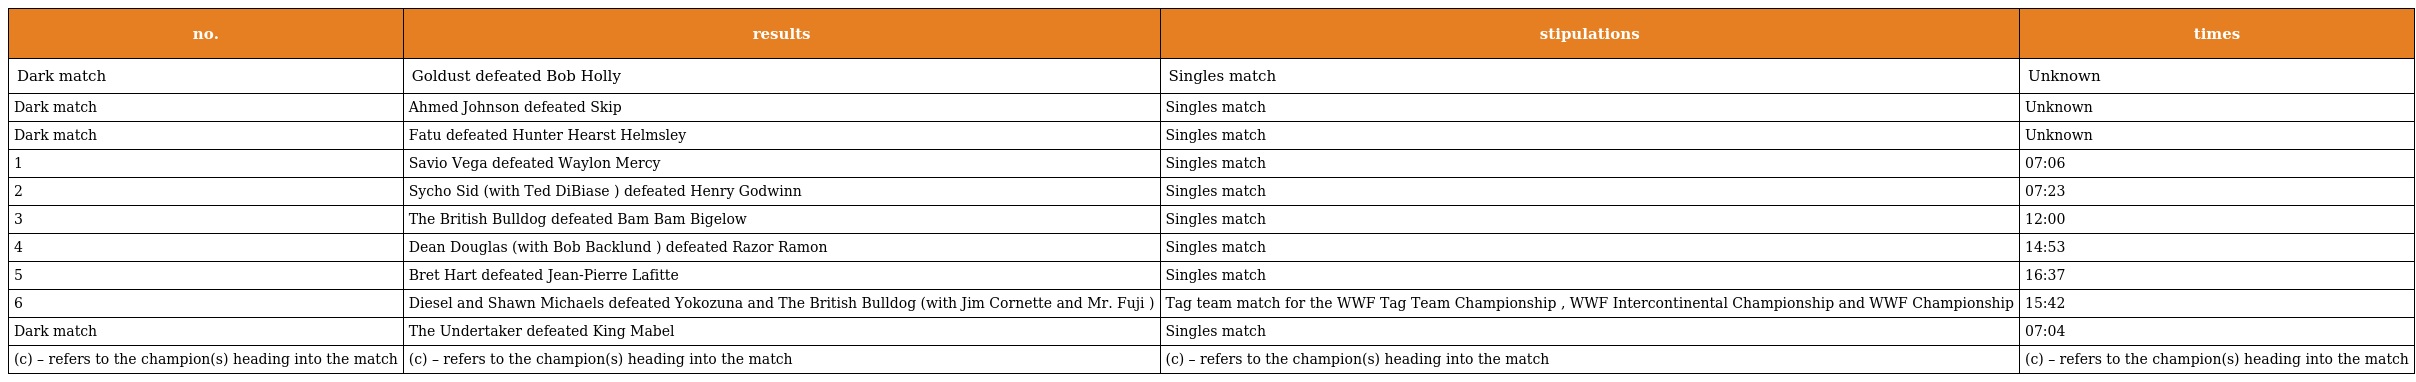
| no. | results | stipulations | times |
 | --- | --- | --- | --- |
 | Dark match | Goldust defeated Bob Holly | Singles match | Unknown |
 | Dark match | Ahmed Johnson defeated Skip | Singles match | Unknown |
 | Dark match | Fatu defeated Hunter Hearst Helmsley | Singles match | Unknown |
 | 1 | Savio Vega defeated Waylon Mercy | Singles match | 07:06 |
 | 2 | Sycho Sid (with Ted DiBiase ) defeated Henry Godwinn | Singles match | 07:23 |
 | 3 | The British Bulldog defeated Bam Bam Bigelow | Singles match | 12:00 |
 | 4 | Dean Douglas (with Bob Backlund ) defeated Razor Ramon | Singles match | 14:53 |
 | 5 | Bret Hart defeated Jean-Pierre Lafitte | Singles match | 16:37 |
 | 6 | Diesel and Shawn Michaels defeated Yokozuna and The British Bulldog (with Jim Cornette and Mr. Fuji ) | Tag team match for the WWF Tag Team Championship , WWF Intercontinental Championship and WWF Championship | 15:42 |
 | Dark match | The Undertaker defeated King Mabel | Singles match | 07:04 |
 | (c) – refers to the champion(s) heading into the match | (c) – refers to the champion(s) heading into the match | (c) – refers to the champion(s) heading into the match | (c) – refers to the champion(s) heading into the match |